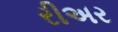
રીઅર